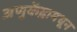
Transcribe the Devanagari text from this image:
अणुकेंद्रामधून